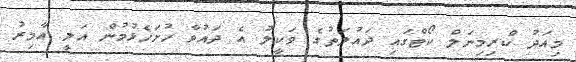
މިއަދު ކްރިމިނަލް ކޯޓްގައި ދައުލަތުގެ ވަކީލު އެ ދައުވާ ހުށަހެޅުމުން އަލީ އާމިރު